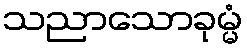
သညာသောခုမ္မံ